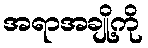
အရာအချို့ကို